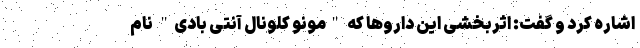
اشاره کرد و گفت: اثربخشی این داروها که "مونو کلونال آنتی بادی" نام